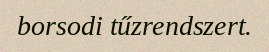
borsodi tűzrendszert.